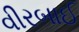
વીરબાઈ